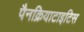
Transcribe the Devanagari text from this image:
पैनक्रियाटाइटिस